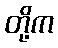
တို့က